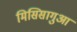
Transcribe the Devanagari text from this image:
मिसिसागुआ